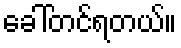
ခေါ်တင်ရတယ်။